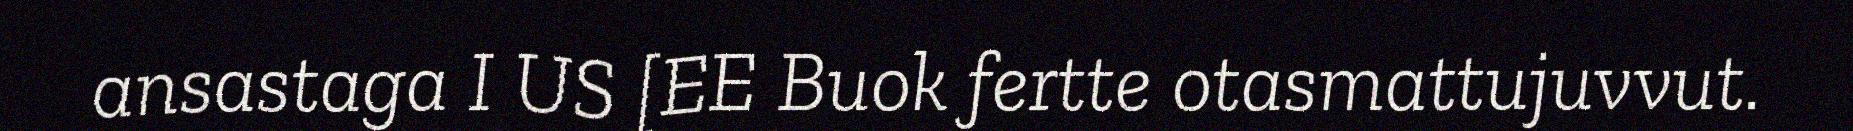
ansastaga I US [EE Buok fertte otasmattujuvvut.